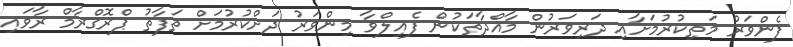
ފެންވަރު މަތިކުރުމަށާއި ދަރިވަރުން މާއްދާތަކުން ފެއިލްވާ މިންވަރު ދަށްކުރުމަށް ތަފާތު ޕްރޮގްރާމް ރާވައި